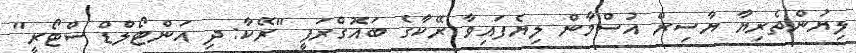
ލިޔުންތެރިޔާ ޔާސިރް އުސްމާން ލިޔެފައިވާ ރޭކާގެ ބައޮގްރަފީ "ރޭކާ: ދި އަންޓޯލްޑް ސްޓޯރީ"